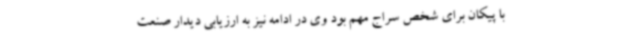
با پیکان برای شخص سراج مهم بود وی در ادامه نیز به ارزیابی دیدار صنعت